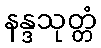
နန္ဒသုတ္တံ